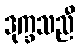
ဒုက္ခသညီ